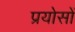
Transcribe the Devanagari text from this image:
प्रयोसों